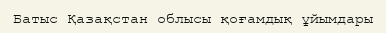
Батыс Қазақстан облысы қоғамдық ұйымдары